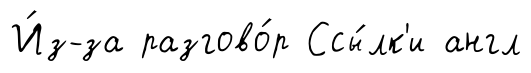
И́з-за разгово́р Ссы́лк'и англ